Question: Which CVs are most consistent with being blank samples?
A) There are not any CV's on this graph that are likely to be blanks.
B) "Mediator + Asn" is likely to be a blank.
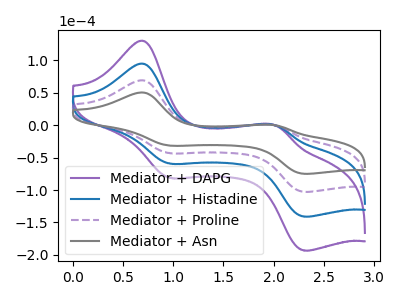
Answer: <think>The purple curve "Mediator + DAPG" has anodic peaks at (0.70V, 207.30uA) (2.00V, 0.00uA) and cathodic peaks at (0.95V, -129.70uA) (2.30V, -308.15uA). The blue curve "Mediator + Histadine" has anodic peaks at (0.70V, 138.20uA) (2.00V, 0.00uA) and cathodic peaks at (0.95V, -86.45uA) (2.30V, -205.45uA). The purple dashed curve "Mediator + Proline" has anodic peaks at (0.70V, 69.10uA) (2.00V, 0.00uA) and cathodic peaks at (0.95V, -43.25uA) (2.30V, -102.70uA). The gray curve "Mediator + Asn" has anodic peaks at (0.70V, 50.40uA) (2.00V, 0.00uA) and cathodic peaks at (0.95V, -31.50uA) (2.30V, -74.90uA).</think>
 <answer>A) There are not any CV's on this graph that are likely to be blanks.</answer>
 <eval>A</eval>